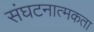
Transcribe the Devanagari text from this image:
संघटनात्मकता